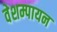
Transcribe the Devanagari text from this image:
वेशम्पायन